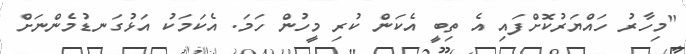
"މިހާރު ހައްޔަރުކޮށްފައި އެ ތިބީ އެކަން ކުރި މީހުން ހަމަ. އެކަމަކު އަޅުގަނޑުމެންނަށް